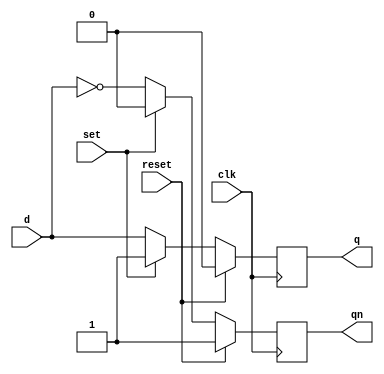
//downloadsourcecodes.com
module DFF2(q,qn,d,clk,set,reset);
input d,clk,set,reset;
output q,qn;
reg q,qn;

always @(posedge clk)
begin
if (reset)
  begin
  q <= 0;
  qn <= 1;
  end
else if (set)
  begin
  q <=1;
  qn <=0;
  end
else
  begin
  q <= d;
  qn <= ~d;
  end
end
endmodule